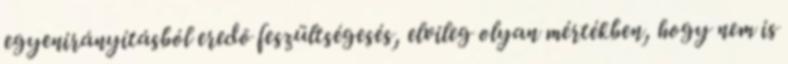
egyenirányításból eredõ feszültségesés, elvileg olyan mértékben, hogy nem is